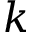
k